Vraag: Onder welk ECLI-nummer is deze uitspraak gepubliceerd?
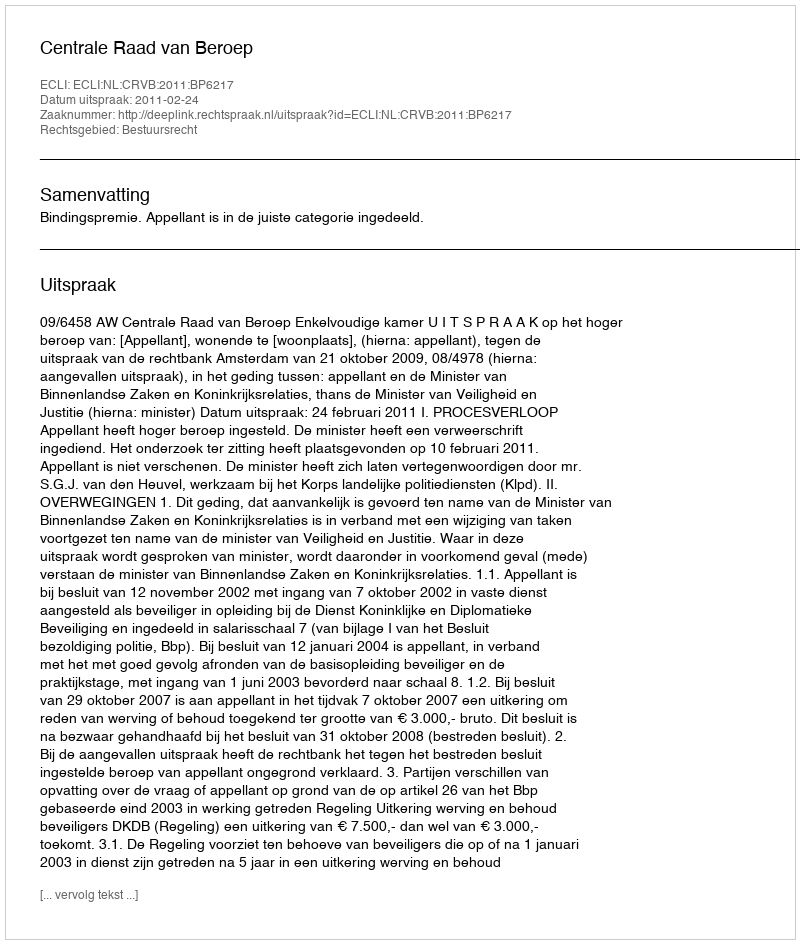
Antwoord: ECLI:NL:CRVB:2011:BP6217